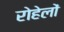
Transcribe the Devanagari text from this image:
रोहेलों